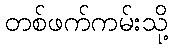
တစ်ဖက်ကမ်းသို့